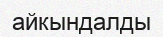
айкындалды